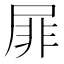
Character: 屝